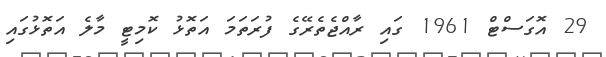
29 އޮގަސްޓް 1961 ގައި ރާއްޖެތެރޭގެ ފުރަތަމަ އަތޮޅު ކޮމިޓީ މާލެ އަތޮޅުގައި